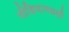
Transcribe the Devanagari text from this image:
मीडियामधली